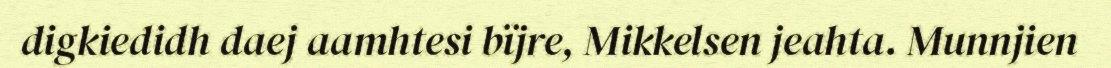
digkiedidh daej aamhtesi bïjre, Mikkelsen jeahta. Munnjien